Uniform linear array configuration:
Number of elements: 12
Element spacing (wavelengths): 1
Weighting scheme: blackman
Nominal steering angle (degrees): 30
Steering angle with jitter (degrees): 29.32
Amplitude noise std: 0.05
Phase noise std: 0.05

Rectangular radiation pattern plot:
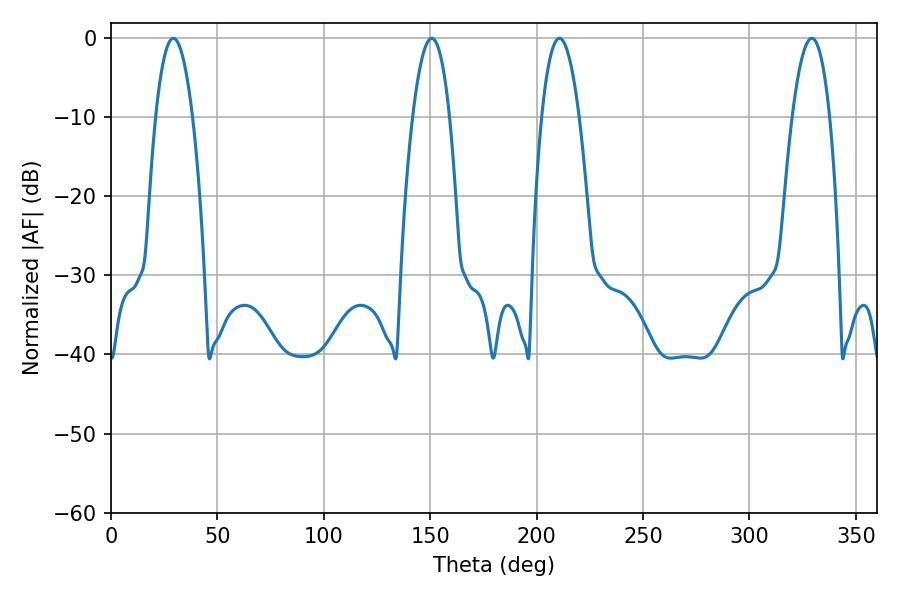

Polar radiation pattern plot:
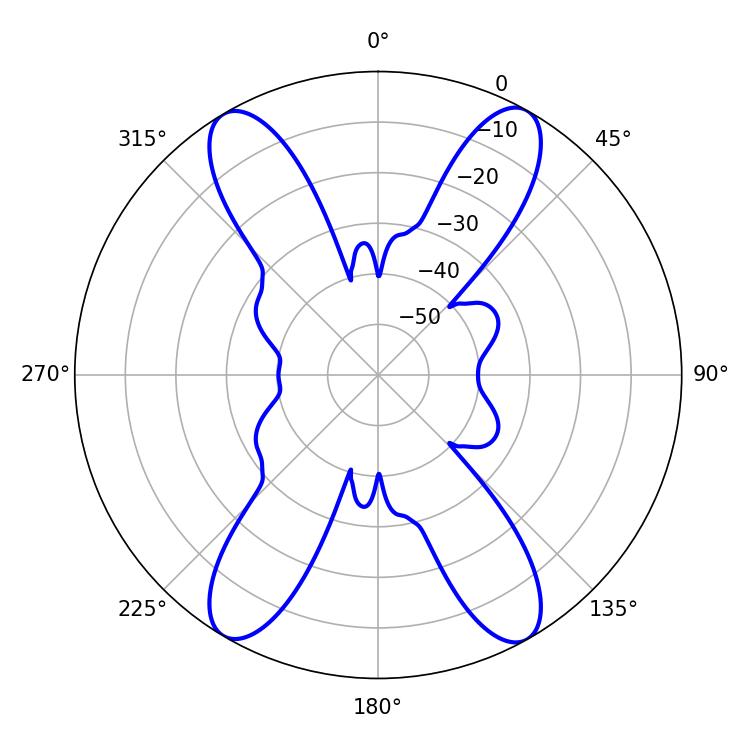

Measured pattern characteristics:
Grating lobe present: TRUE
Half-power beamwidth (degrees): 9.54
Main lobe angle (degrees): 29.34